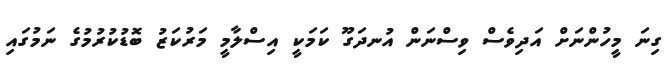
ގިނަ މީހުންނަށް އަދިވެސް ވިސްނަން އުނދަގޫ ކަމަކީ އިސްލާމީ މަރުކަޒު ބޮޑުކުރުމުގެ ނަމުގައި